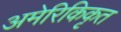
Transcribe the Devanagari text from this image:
अमेरिकिकृत